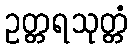
ဥတ္တရသုတ္တံ